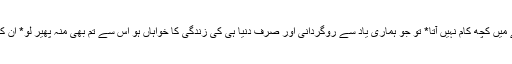
اور ظن یقین کے مقابلے میں کچھ کام نہیں آتا* تو جو ہماری یاد سے روگردانی اور صرف دنیا ہی کی زندگی کا خواہاں ہو اس سے تم بھی منہ پھیر لو* ان کے علم کی انتہا یہی ہے۔